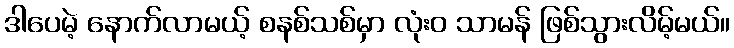
ဒါပေမဲ့ နောက်လာမယ့် စနစ်သစ်မှာ လုံးဝ သာမန် ဖြစ်သွားလိမ့်မယ်။